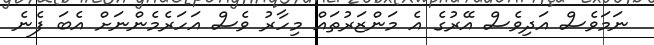
ނަމަވެސް އަދިވެސް އޭރުގެ އެ މަންޒަރުތައް މިހާރު ވެސް އަހަރެމެންނަށް އެބަ ފެނެ